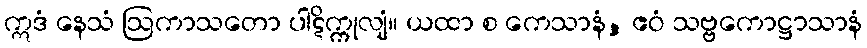
ဣဒံ နေသံ ဩကာသတော ပါဋိက္ကုလျံ။ ယထာ စ ကေသာနံ, ဧဝံ သဗ္ဗကောဋ္ဌာသာနံ